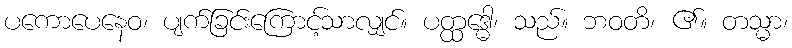
ပကောပေနေဝ၊ ပျက်ခြင်းကြောင့်သာလျှင်။ ပတ္ထဒ္ဓေါ၊ သည်။ ဘဝတိ၊ ၏။ တသ္မာ၊